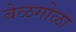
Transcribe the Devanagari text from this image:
बेळगोळा